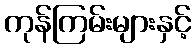
ကုန်ကြမ်းများနှင့်